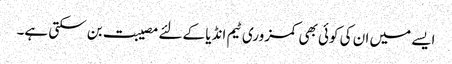
ایسے میں ان کی کوئی بھی کمزوری ٹیم انڈیا کے لئے مصیبت بن سکتی ہے۔